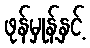
ဖုန်မှုန့်နှင့်